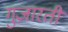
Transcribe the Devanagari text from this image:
गुज़ारती